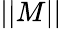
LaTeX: \left|\left|M\right|\right|